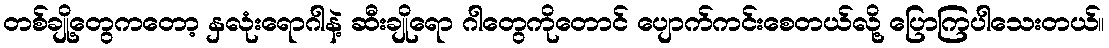
တစ်ချို့တွေကတော့ နှလုံးရောဂါနဲ့ ဆီးချိုရော ဂါတွေကိုတောင် ပျောက်ကင်းစေတယ်လို့ ပြောကြပါသေးတယ်။